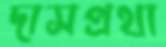
দাসপ্রথা